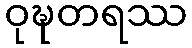
ဝုဍ္ဎတရဿ